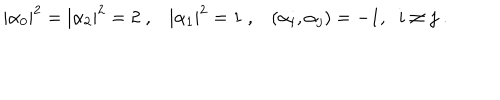
| \alpha _ { 0 } | ^ { 2 } = | \alpha _ { 2 } | ^ { 2 } = 2 \; , | \alpha _ { 1 } | ^ { 2 } = 1 \; , ( \alpha _ { i } , \alpha _ { j } ) = - 1 , \; \; i \neq j \; .